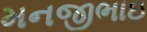
મનજીભાઇ